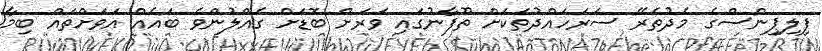
ފިލިޕިންސްގެ މެދުތެރޭ ސަރަހައްދުތަކަށް ތޫފާނުގައި ވަރަށް ބޮޑަށް ގެއްލުންވެ ބައެއް އަވަށްތައް ބިމާ